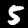
Digit: 5